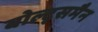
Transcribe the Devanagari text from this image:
बोल्ट्समैन